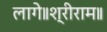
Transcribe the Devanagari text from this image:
लागे॥श्रीराम॥